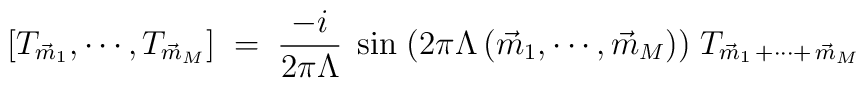
[T_{\vec m_1},\cdots, T_{\vec m_M}]\;=\;\frac{-i}{2\pi\Lambda}\;\sin\;\bigl(2\pi\Lambda\,(\vec m_1,\cdots,\vec m_M)\big)\; T_{\vec  m_1\,+\cdots+\,\vec m_M}